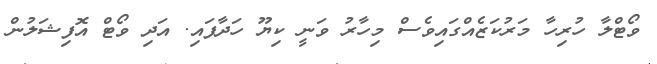
ވޯޓްލާ ހުރިހާ މަރުކަޒެއްގައިވެސް މިހާރު ވަނީ ކިޔޫ ހަދާފައި. އަދި ވޯޓް އޮފިޝަލުން